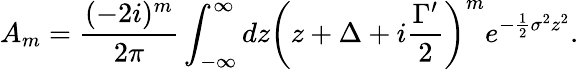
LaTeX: A_{m}=\frac{(-2i)^{m}}{2\pi}\int_{-\infty}^{\infty}dz\left(z+\Delta+i\frac{\Gamma^{\prime}}{2}\right)^{m}e^{-\frac{1}{2}\sigma^{2}z^{2}}.